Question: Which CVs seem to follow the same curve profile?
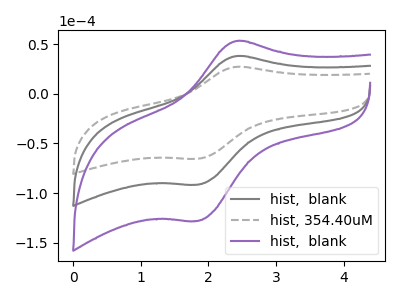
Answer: <think>The gray curve "hist,  blank" has an anodic peak at (2.40V, 38.05uA) and a cathodic peak at (1.85V, -91.60uA). The gray dashed curve "hist, 354.40uM" has an anodic peak at (2.40V, 27.20uA) and a cathodic peak at (1.85V, -65.45uA). The purple curve "hist,  blank" has an anodic peak at (2.40V, 76.10uA) and a cathodic peak at (1.85V, -183.15uA).
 All the peaks in "hist,  blank" have a peak in "hist, 354.40uM" at the same potential. Every peak in "hist,  blank" is higher than every peak in "hist, 354.40uM". All the peaks in "hist,  blank" have a peak in "hist,  blank" at the same potential. Every peak in "hist,  blank" is lower than every peak in "hist,  blank". All the peaks in "hist, 354.40uM" have a peak in "hist,  blank" at the same potential. Every peak in "hist, 354.40uM" is lower than every peak in "hist,  blank".</think>
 <answer>"hist, 354.40uM", "hist,  blank" and "hist,  blank" have the same shape and are likely CV's of the same chemical.</answer>
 <eval>"hist, 354.40uM" "hist,  blank" "hist,  blank"</eval>